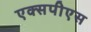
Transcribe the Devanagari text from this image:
एक्सपीएस